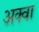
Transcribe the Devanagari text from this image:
अक्वा